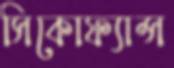
সিকোফ্যান্স